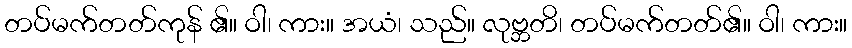
တပ်မက်တတ်ကုန် ၏။ ဝါ၊ ကား။ အယံ၊ သည်။ လုဗ္ဘတိ၊ တပ်မက်တတ်၏။ ဝါ၊ ကား။